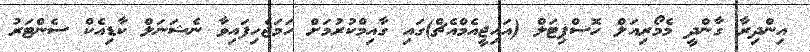
އިންދިރާ ގާންދީ މެމޯރިއަލް ހޮސްޕިޓަލް (އައިޖީއެމްއެޗް)ގައި ގާއިމްކުރުމަށް ހަމަޖެހިފައިވާ ނެޝަނަލް ކާޑިއެކް ސެންޓަރު